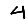
Digit: 4